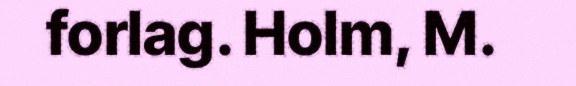
forlag. Holm, M.